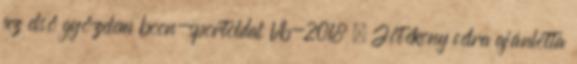
az első győzelem boon-sportoldal Vb-2018 – Jótékony célra ajánlotta